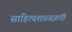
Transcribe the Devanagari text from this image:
साहित्यशास्त्रज्ञांनी